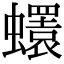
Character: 𧔘